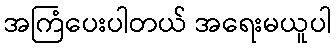
အကြံပေးပါတယ် အရေးမယူပါ